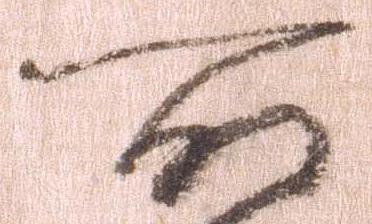
所